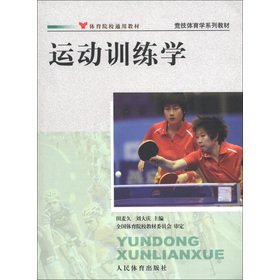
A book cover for Competitive sports science textbook series: Sports Training(Chinese Edition); JI JIA HAI . YI DONG; Sports & Outdoors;